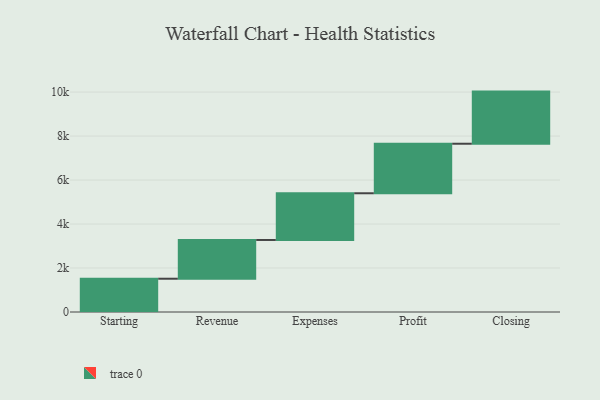
{"axis": {"x": "Step", "y": "Value"}, "legend": [""], "data": [{"x": "Starting", "y": 1513.0, "type": ""}, {"x": "Revenue", "y": 1762.0, "type": ""}, {"x": "Expenses", "y": 2124.0, "type": ""}, {"x": "Profit", "y": 2252.0, "type": ""}, {"x": "Closing", "y": 2370.0, "type": ""}]}